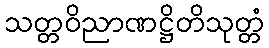
သတ္တဝိညာဏဋ္ဌိတိသုတ္တံ